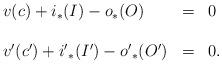
LaTeX: \begin{align*}\begin{array}{lcl} v(c) + i_*(I) - {o}_*(O) &=& 0 \\ \\ v'(c') + {i'}_*(I') - {o'}_*(O') &=& 0.\end{array}\end{align*}